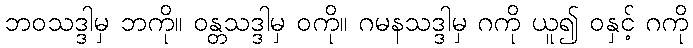
ဘဝသဒ္ဒါမှ ဘကို။ ဝန္တသဒ္ဒါမှ ဝကို။ ဂမနသဒ္ဒါမှ ဂကို ယူ၍ ဝနှင့် ဂကို